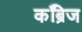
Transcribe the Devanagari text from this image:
कॅंब्रिज